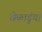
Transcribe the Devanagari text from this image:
खेळाडुंचा